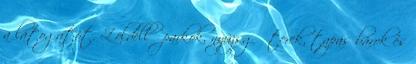
a látogatót. Zöldellő parkok, nyüzsgő terek, tapas bárok és